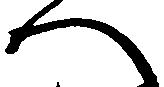
へ